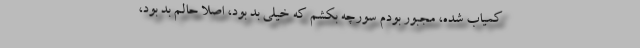
کمیاب شده، مجبور بودم سورچه بکشم که خیلی بد بود، اصلا حالم بد بود،